Papers set at the Examination for Leaving Certificates, 1895
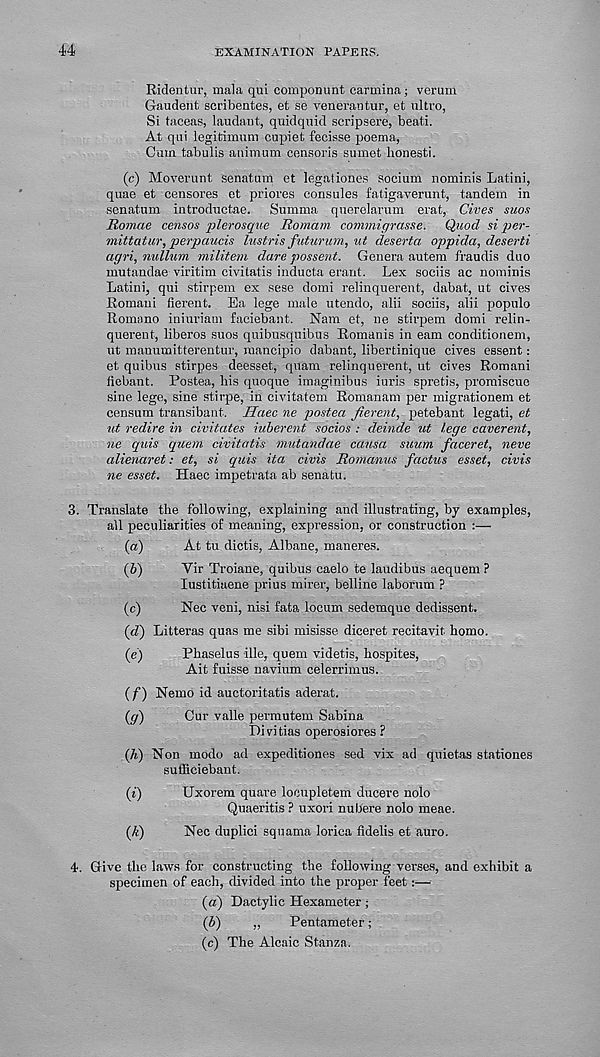
44
EXAMINATION PAPERS,
Ridentur, mala qui componunt carmina; verum
Gaudent scribentes, et se venerantur, et nltro,
Si taceas, laudaut, qmdquid scripsere, beati.
At qui legitimum cupiet fecisse poema,
Cum tabulis animum censoris sumet honesti.
(c) Moverunt senatum et legationes socium nominis Latini,
quae et censores et priores consules fatigaverunt, tandem in
senatum introductae. Summa querelarum erat, Cives suos
Romae censos plerosque Romam commigrasse. Quod si per-
mittatur, perpaucis lustris futurum, ut deserta oppida, deserti
agri, nullum militem dare possent. Genera autem f'raudis duo
mutandae viritim civitatis inducta erant. Lex sociis ac nominis
Latini, qui stirpem ex sese domi relinquerent, dabat, ut cives
Romani fierent. Ea lege male utendo, alii sociis, alii populo
Romano iniuriam faciebant. Nam et, ne stirpem domi relin-
querent, liberos suos quibusquibus Romanis in earn conditionem,
ut manumitterentur, raancipio dabant, libertinique cives essent:
et quibus stirpes deesset, quam relinquerent, ut cives Romani
fiebant. Postea, bis quoque imaginibus iuris spretis, promiscue
sine lege, sine stirpe, in civitatem Romanam per migrationem et
censum transibant. Haec ne postea fierent, petebant legati, et
ut redire in civitates inherent socios : deinde ut lege caverent,
ne quis quem civitatis mutandae causa suum faceret, neve
alienaret: et, si quis ita civis Romanus factus esset, civis
ne esset. Haec impetrata ab senatu.
3. Translate the following, explaining and illustrating, by examples,
all peculiarities of meaning, expression, or construction :—
(а)
At tu dictis, Albane, maneres.
(б)
Yir Troiane, quibus caelo te laudibus aequem ?
lustitiaene prius mirer, belline laborum ?
(c)
Nec veni, nisi fata locum sedemque dedissent.
(d) Litteras quas me sibi misisse diceret recitavit homo.
(e)
Pbaselus ille, quem videtis, hospites,
Ait fuisse navium celerrimus.
(f) Nemo id auctoritatis aderat.
(gr)
Cur valle permutem Sabina
Divitias operosiores ?
(7i) Non modo ad expeditiones sed vix ad quietas stationes
suificiebant.
(i)
Uxorem quare locupletem ducere nolo
Quaeritis ? uxori nubere nolo meae.
(k)
Nec duplici squama lorica fidelis et auro.
4. Give the laws for constructing the following verses, and exhibit a
specimen of each, divided into the proper feet:—
(a) Dactylic Hexameter;
(b)
„
Pentameter;
(c) The Alcaic Stanza.